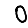
Digit: 0